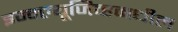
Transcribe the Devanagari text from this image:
इन्क्ल्यूजिव्हमधील